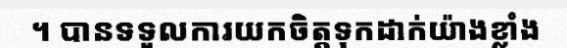
។ បានទទួលការយកចិត្តទុកដាក់យ៉ាងខ្លាំង